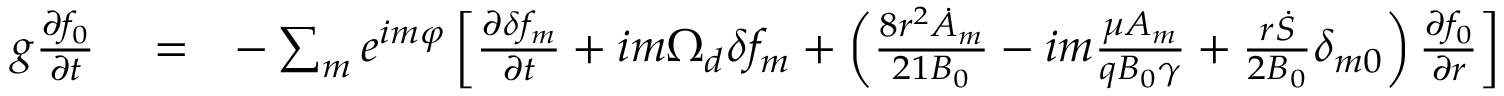
\begin{array} { r l r } { g \frac { \partial f _ { 0 } } { \partial t } } & { { } = } & { - \sum _ { m } e ^ { i m \varphi } \left[ \frac { \partial \delta f _ { m } } { \partial t } + i m \Omega _ { d } \delta f _ { m } + \left( \frac { 8 r ^ { 2 } \dot { A } _ { m } } { 2 1 B _ { 0 } } - i m \frac { \mu A _ { m } } { q B _ { 0 } \gamma } + \frac { r \dot { S } } { 2 B _ { 0 } } \delta _ { m 0 } \right) \frac { \partial f _ { 0 } } { \partial r } \right] } \end{array}